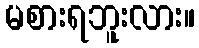
မစားရဘူးလား။